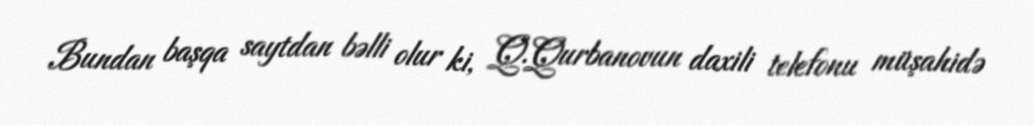
Bundan başqa saytdan bəlli olur ki, Q.Qurbanovun daxili telefonu müşahidə